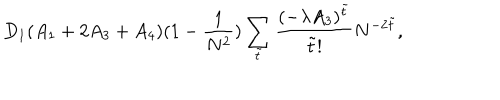
D _ { 1 } ( A _ { 1 } + 2 A _ { 3 } + A _ { 4 } ) ( 1 - \frac { 1 } { N ^ { 2 } } ) \sum _ { \tilde { t } } \frac { ( - \lambda A _ { 3 } ) ^ { \tilde { t } } } { \tilde { t } ! } N ^ { - 2 \tilde { t } } ,